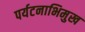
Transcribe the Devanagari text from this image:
पर्यटनाभिमुख